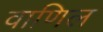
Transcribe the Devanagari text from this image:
वाणिल